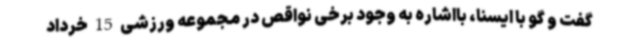
گفت و گو با ایسنا، بااشاره به وجود برخی نواقص در مجموعه ورزشی 15 خرداد